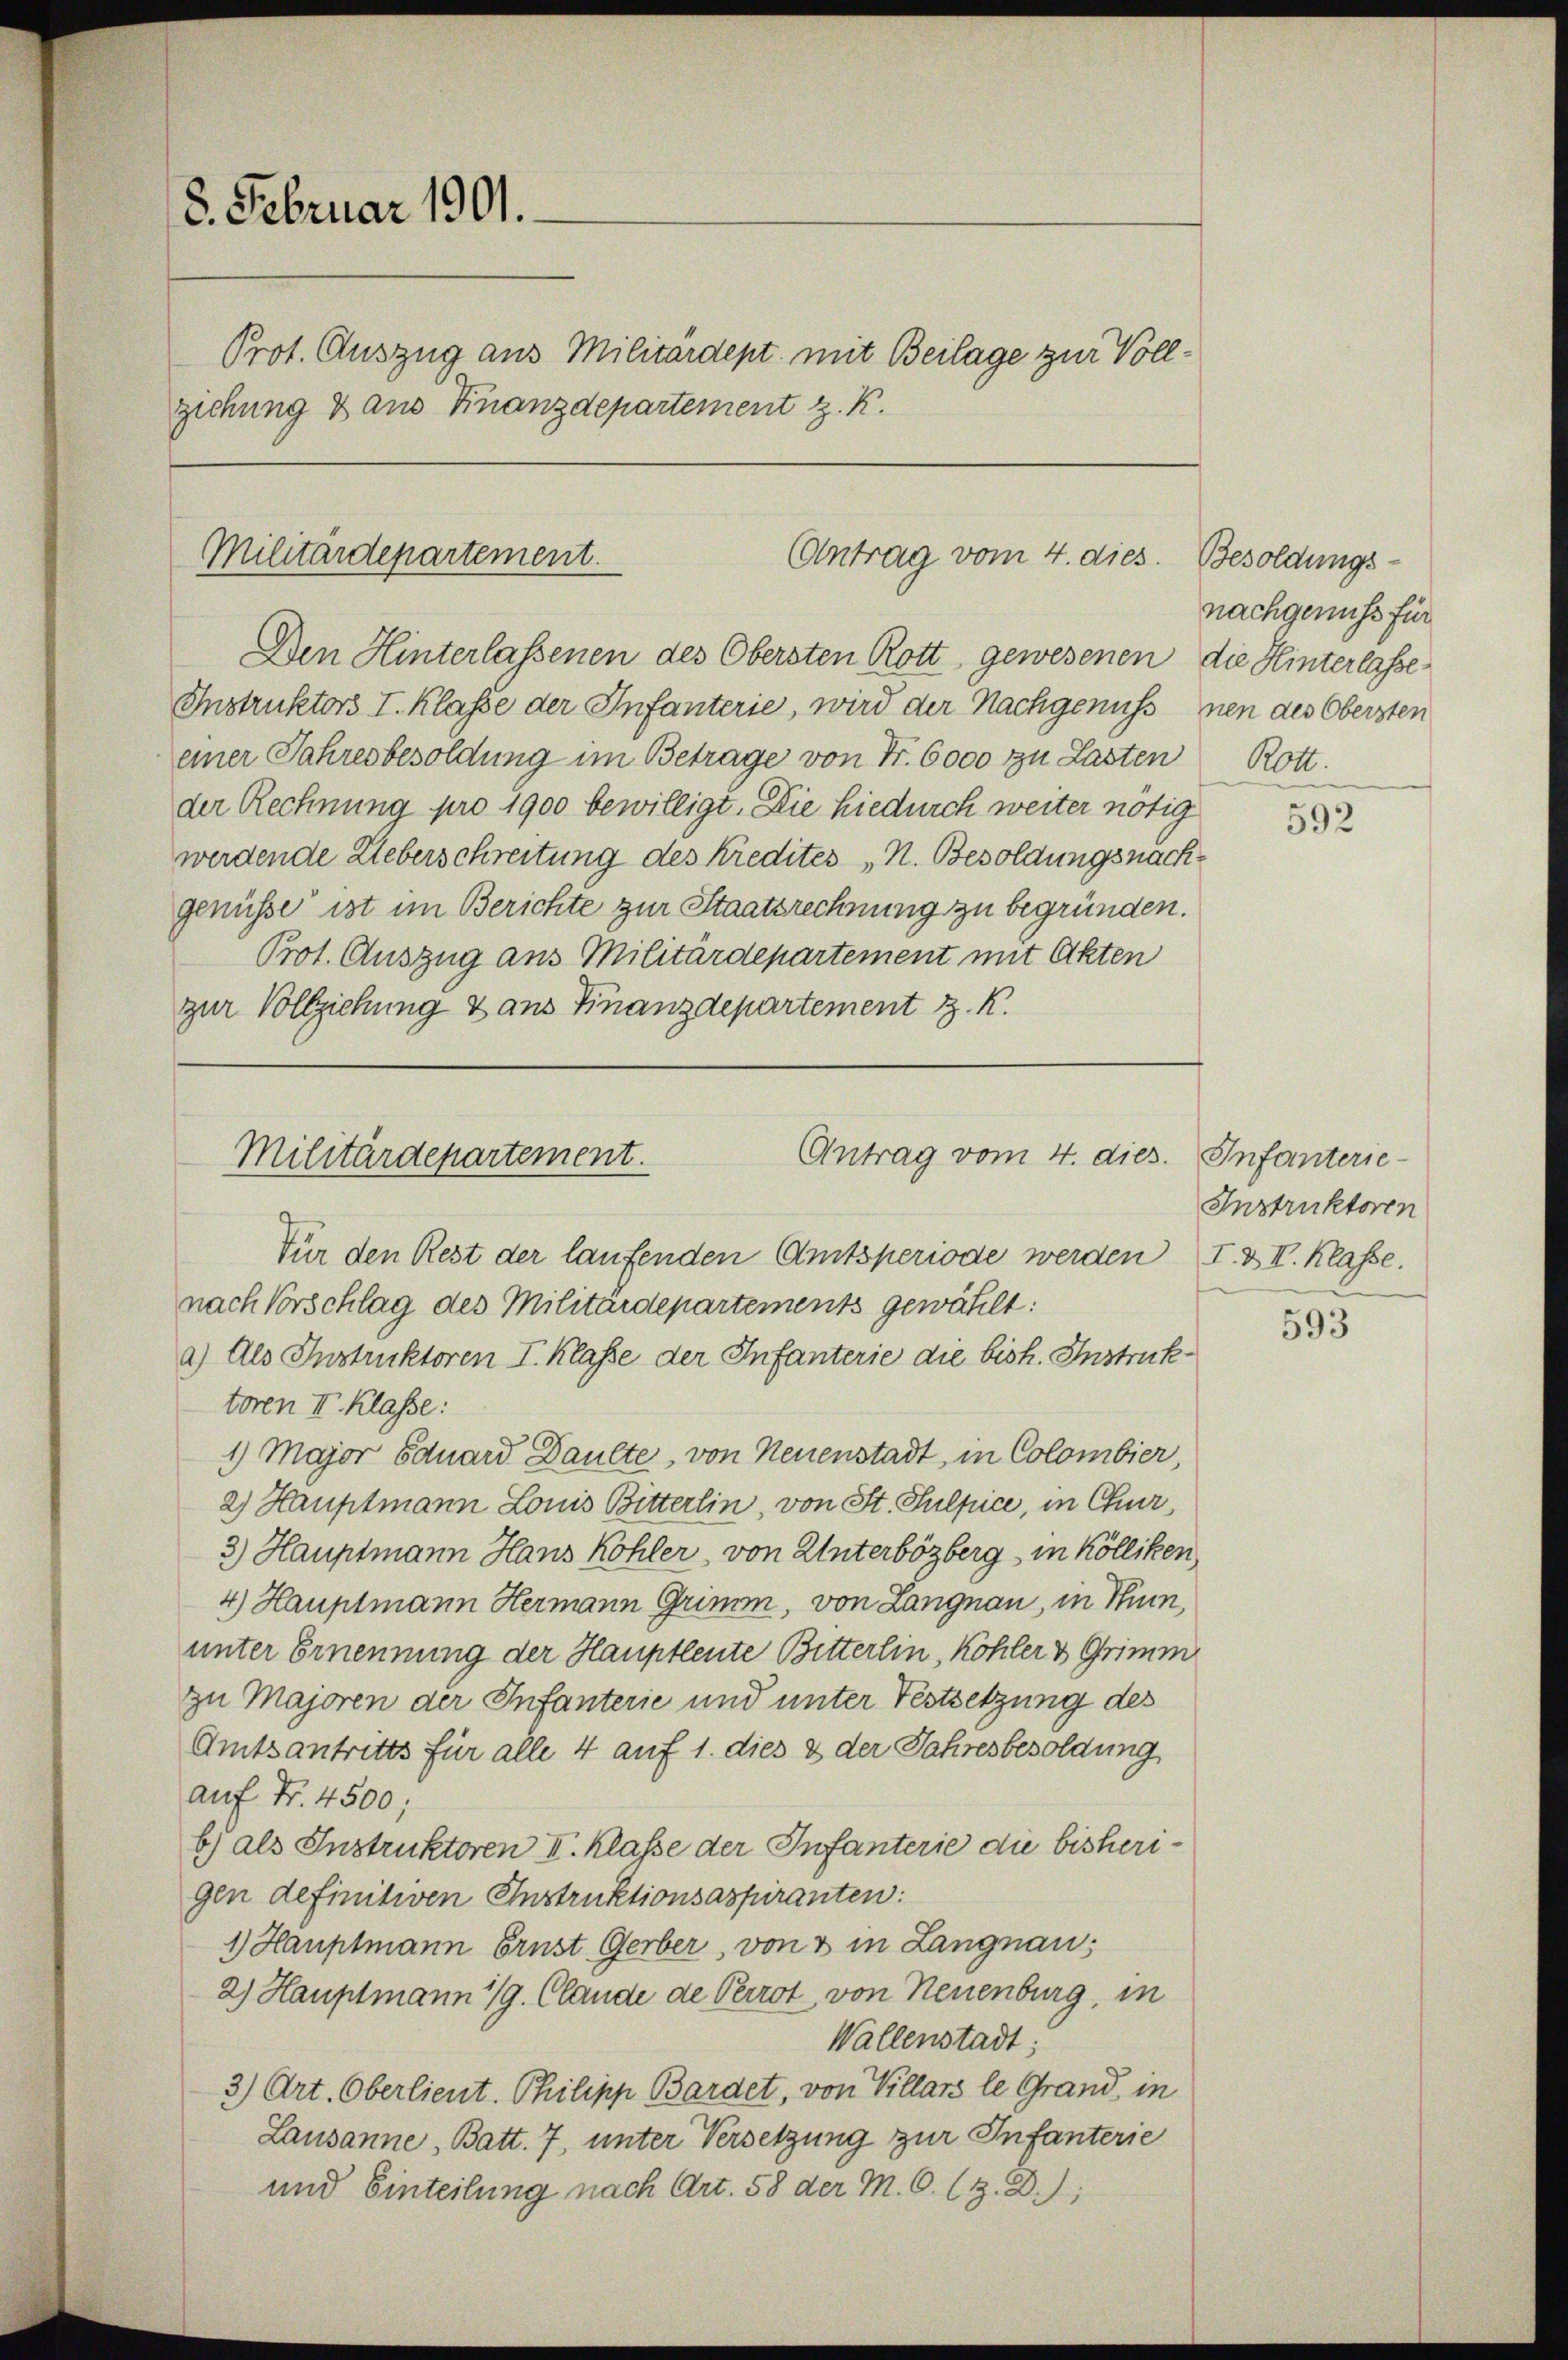
8. Februar 1901.
Prot. Auszug aus Militärdept mit Beilage zur Vollziehung & aus Finanzdepartement z. K.

Militärdepartement.
Antrag vom 4. dies. Besoldungs¬

Den Hinterlassenen des Obersten Rott gewesenen die Hinterlasse
Instruktors I. Klasse der Infanterie, wird der Nachgenuss nen des Obersten
einer Jahresbesoldung im Betrage von Fr. 6000 zu Lasten
der Rechnung pro 1900 bewilligt. Die hiedurch weiter nötig
werdende Ueberschreitung des Kredites N. Besoldungsnachgenüsse ist im Berichte zur Staatsrechnung zu begründen.
Prot. Auszug aus Militärdepartement mit Akten
zur Vollziehung & aus Finanzdepartement z. K.

Antrag vom 4. dies. Infanterie-
Militärdepartement.

Für den Rest der laufenden Amtsperiode werden I. & II. Klasse.
nach Vorschlag des Militärdepartements gewählt:
a) Als Instruktoren I. Klasse der Infanterie die bish. Instruktoren II. Klasse:
1) Major Eduard Daulte, von Neuenstadt, in Colombier,
2) Hauptmann Louis Bitterlin, von St. Sulpice, in Chur,
3) Hauptmann Hans Kohler, von Unterbözberg in Kölliken,
4) Hauptmann Hermann Grimm, von Langnau, in Thurn,
unter Ernennung der Hauptleute Bitterlin, Köhler & Grimm
zu Majoren der Infanterie und unter Festsetzung des
Amtsantritts für alle 4 auf 1. dies & der Jahresbesoldung
auf Fr. 4500;
b) als Instruktoren II. Klasse der Infanterie die bisherigen definitiven Instruktionsaspiranten:
1 Hauptmann Erust Gerber, von & in Langnau;
2) Hauptmann 1/9. Claude de Perrot, von Neuenburg, in
Wallenstadt;
3) Art. Oberlieut. Philipp Bardet, von Villars le Grand in
Lausanne, Batt. 7, unter Versetzung zur Infanterie
und Einteilung nach Art. 58 der M. C. H. D.);

nachgenuss für
Rott.

592

Instruktoren

593